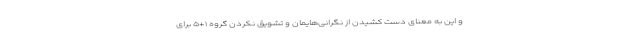
و این به معنای دست کشیدن از نگرانی‌هایمان و تشویق نکردن گروه ۱+۵ برای